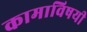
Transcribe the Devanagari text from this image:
कामाविषयी